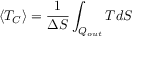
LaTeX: \langle T _ { C } \rangle = { \frac { 1 } { \Delta S } } \int _ { Q _ { o u t } } T d S